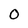
Character: O